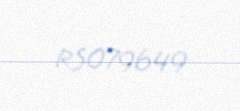
RS079649